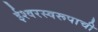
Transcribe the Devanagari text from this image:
ईश्वरस्वरूपाची